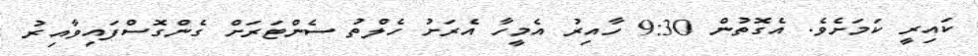
ކައިރީ ކަމަށެވެ. އެގޮތުން 9:30 ހާއިރު އެމީހާ އެރަށު ހެލްތު ސެންޓަރަށް ގެންގޮސްފައިވާއިރު